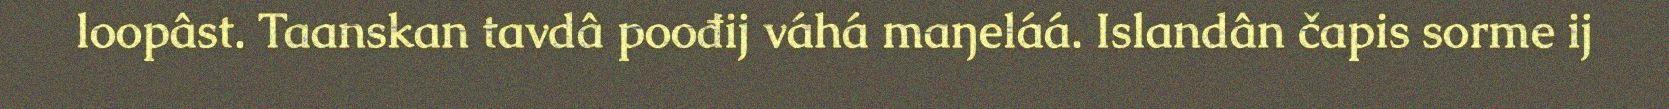
loopâst. Taanskan tavdâ poođij váhá maŋeláá. Islandân čapis sorme ij